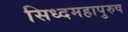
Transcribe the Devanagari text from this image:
सिध्दमहापुरुष